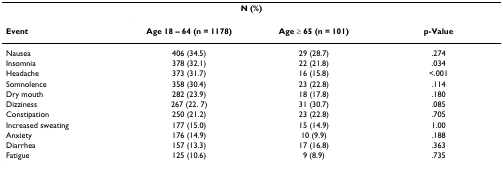
<table><thead><tr><td>[EMPTY_CELL]</td><td colspan="2"><b>N (%)</b></td><td>[EMPTY_CELL]</td></tr><tr><td><b>Event</b></td><td><b>Age 18 – 64 (n = 1178)</b></td><td><b>Age ≥ 65 (n = 101)</b></td><td><b>p-Value</b></td></tr></thead><tbody><tr><td>Nausea</td><td>406 (34.5)</td><td>29 (28.7)</td><td>.274</td></tr><tr><td>Insomnia</td><td>378 (32.1)</td><td>22 (21.8)</td><td>.034</td></tr><tr><td>Headache</td><td>373 (31.7)</td><td>16 (15.8)</td><td>&lt;.001</td></tr><tr><td>Somnolence</td><td>358 (30.4)</td><td>23 (22.8)</td><td>.114</td></tr><tr><td>Dry mouth</td><td>282 (23.9)</td><td>18 (17.8)</td><td>.180</td></tr><tr><td>Dizziness</td><td>267 (22. 7)</td><td>31 (30.7)</td><td>.085</td></tr><tr><td>Constipation</td><td>250 (21.2)</td><td>23 (22.8)</td><td>.705</td></tr><tr><td>Increased sweating</td><td>177 (15.0)</td><td>15 (14.9)</td><td>1.00</td></tr><tr><td>Anxiety</td><td>176 (14.9)</td><td>10 (9.9)</td><td>.188</td></tr><tr><td>Diarrhea</td><td>157 (13.3)</td><td>17 (16.8)</td><td>.363</td></tr><tr><td>Fatigue</td><td>125 (10.6)</td><td>9 (8.9)</td><td>.735</td></tr></tbody></table>